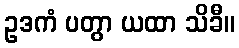
ဥဒကံ ပတွာ ယထာ သိခီ။